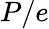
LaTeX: P/e